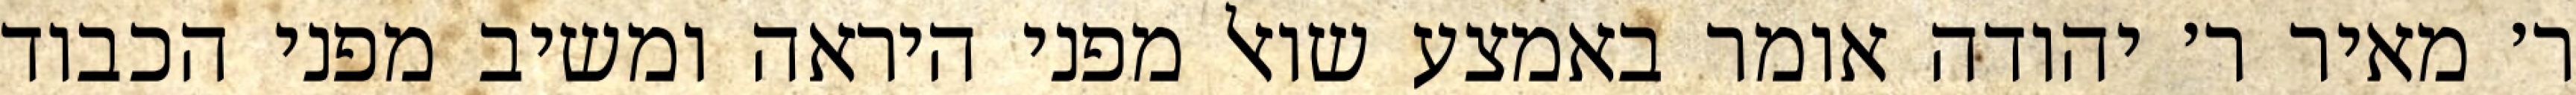
ר׳ מאיר ר׳ יהודה אומר באמצע שואל מפני היראה ומשיב מפני הכבוד